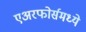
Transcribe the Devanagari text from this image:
एअरफोर्समध्ये